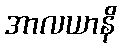
အာလယာနိ